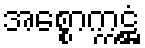
အစ္စောက္ကဋ္ဌံ